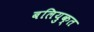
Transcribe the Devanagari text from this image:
बलियुक्त